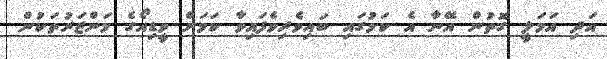
އަދި އަމަލީ ގޮތުން އޭނާ އެ ކަމުގައި ބައިވެރިވެފައިވާ ކަމަށް ވީޑިއޯގެ މަންޒަރުތަކުން